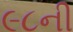
૯૮ની